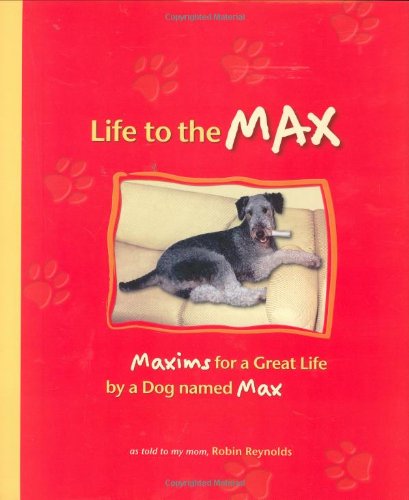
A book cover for Life to the Max: Maxims for a Great Life by a Dog named Max; Robin Reynolds; Crafts, Hobbies & Home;